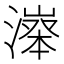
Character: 𣽵